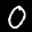
Label: 0